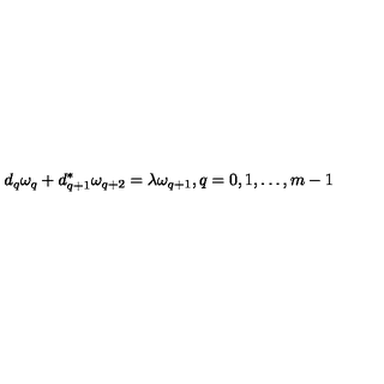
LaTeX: d _ { q } \omega _ { q } + d _ { q + 1 } ^ { * } \omega _ { q + 2 } = \lambda \omega _ { q + 1 } , q = 0 , 1 , \dots , m - 1